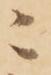
ニ